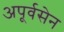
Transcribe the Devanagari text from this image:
अपूर्वसेन